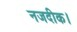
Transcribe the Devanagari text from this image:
नजदीक।